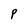
Character: P